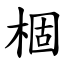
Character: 棝